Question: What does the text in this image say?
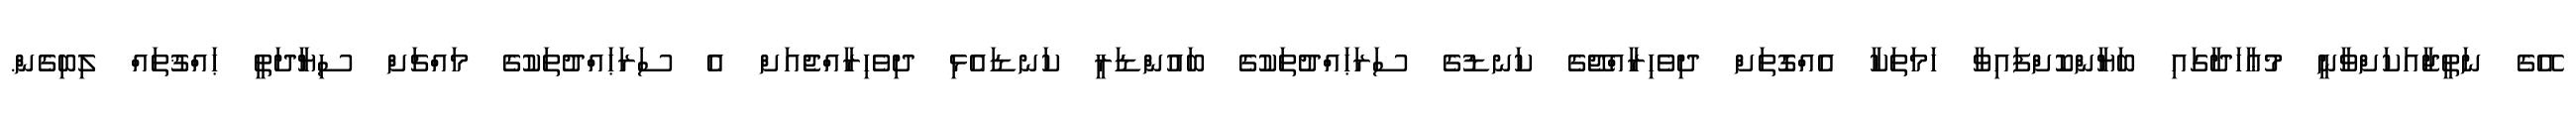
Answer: އޭގެ ނަތީޖާއަކަށްވާނީ މުޢާހަދާގައި ބަޔާންކޮށްފައިވާ ހަމަތަކާ އެއްގޮތަށް ދިވެހިރާއްޖޭގެ ކަނޑުގެ ސަރަޙައްދުތަކުގެ ބައުންޑަރީ ކަނޑައެޅި ދިވެހިރާއްޖެއަށް އެ ސަރަޙައްދުތަކުގެ މައްޗަށް ސިޔާދަތީ ޙައްޤުތައް ލިބިގެން.